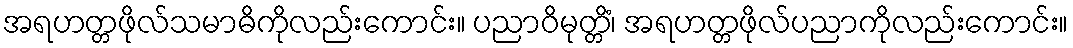
အရဟတ္တဖိုလ်သမာဓိကိုလည်းကောင်း။ ပညာဝိမုတ္တိံ၊ အရဟတ္တဖိုလ်ပညာကိုလည်းကောင်း။